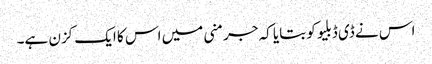
اس نے ڈی ڈبلیو کو بتایا کہ جرمنی میں اس کا ایک کزن ہے۔